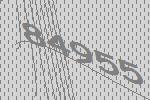
84955